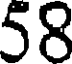
58